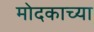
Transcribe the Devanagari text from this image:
मोदकाच्या